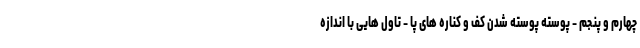
چهارم و پنجم - پوسته پوسته شدن کف و کناره های پا - تاول هایی با اندازه